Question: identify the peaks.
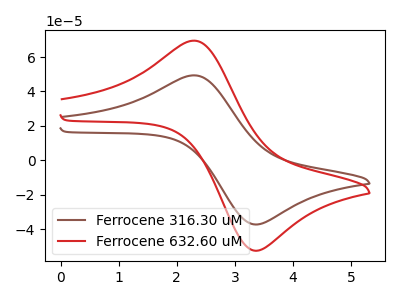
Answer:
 <answer>The brown curve "Ferrocene 316.30 uM" has an anodic peak at (2.30V, 49.35uA) and a cathodic peak at (3.40V, -37.15uA). The red curve "Ferrocene 632.60 uM" has an anodic peak at (2.30V, 69.50uA) and a cathodic peak at (3.40V, -52.30uA).</answer>
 <eval></eval>